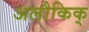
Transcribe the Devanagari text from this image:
अलौकिक्